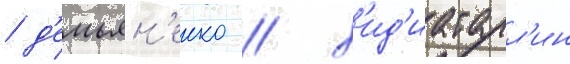
/ д'емьян'енко / х'ид'иатулл'ин